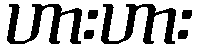
ဟားဟား